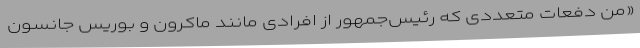
«من دفعات متعددی که رئیس‌جمهور از افرادی مانند ماکرون و بوریس جانسون